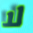
لا